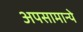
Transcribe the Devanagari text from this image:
अपसामान्ये